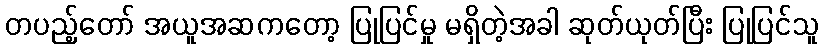
တပည့်တော် အယူအဆကတော့ ပြုပြင်မှု မရှိတဲ့အခါ ဆုတ်ယုတ်ပြီး ပြုပြင်သူ